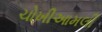
ચોખીઆમલી